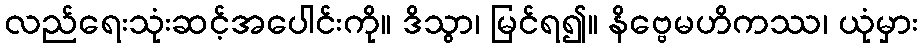
လည်ရေးသုံးဆင့်အပေါင်းကို။ ဒိသွာ၊ မြင်ရ၍။ နိဗ္ဗေမဟိကဿ၊ ယုံမှား